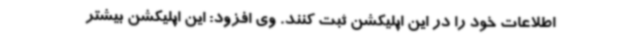
اطلاعات خود را در این اپلیکشن ثبت کنند. وی افزود: این اپلیکشن بیشتر